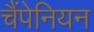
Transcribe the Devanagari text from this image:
चैंपेनियन